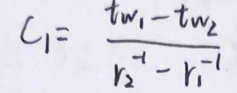
\[
C_1 = \frac{t_{w_1}-t_{w_2}}{r_2^{-1}-r_1^{-1}}
\]